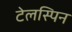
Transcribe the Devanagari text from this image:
टेलस्पिन